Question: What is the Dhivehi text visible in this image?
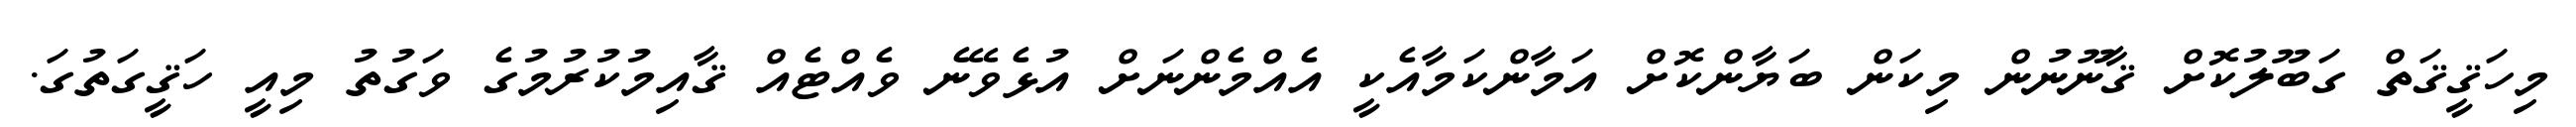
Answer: މިހަޤީޤަތް ގަބޫލުކޮށް ޤާނޫނުން މިކަން ބަޔާންކޮށް އަމާންކަމާއެކީ އެއްމެންނަށް އުޅެވޭނެ ވެއްޓެއް ޤާއިމުކުރުމުގެ ވަގުތު މިއީ ހަޤީގަތުގަ.